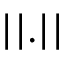
\left| \left| . \right| \right|